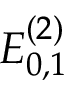
E _ { 0 , 1 } ^ { ( 2 ) }